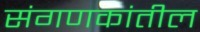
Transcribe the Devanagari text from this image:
संगणकांतील